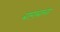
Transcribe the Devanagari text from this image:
बाग़बाना